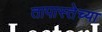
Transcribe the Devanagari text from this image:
तापास्तेच्या